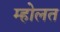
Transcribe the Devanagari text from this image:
म्होलत